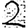
Digit: 2